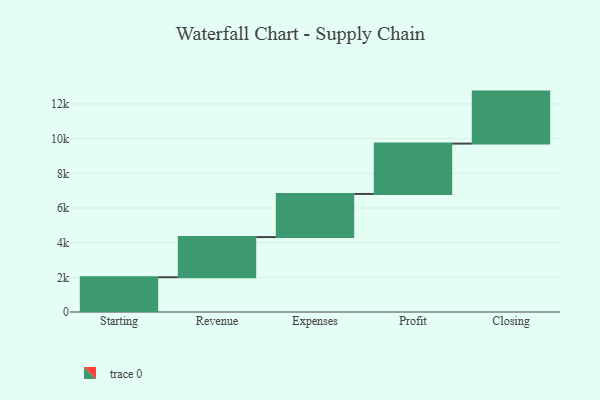
{"axis": {"x": "Step", "y": "Value"}, "legend": [""], "data": [{"x": "Starting", "y": 2006.0, "type": ""}, {"x": "Revenue", "y": 2315.0, "type": ""}, {"x": "Expenses", "y": 2489.0, "type": ""}, {"x": "Profit", "y": 2904.0, "type": ""}, {"x": "Closing", "y": 3000, "type": ""}]}